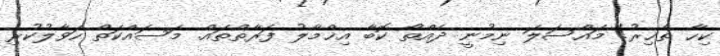
ކިހާ ތާޚިރު! މައްސަލަ ނިމުނީ ދެއްތޯ ކޮބާ އިޚްމާލު ފަރާތްތައް. މަސައްކަތް ހަވާލުކުރި